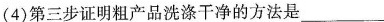
(4)第三步证明粗产品洗涤干净的方法是___